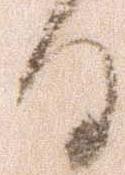
日